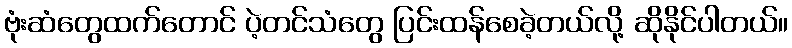
ဗုံးဆံတွေထက်တောင် ပဲ့တင်သံတွေ ပြင်းထန်စေခဲ့တယ်လို့ ဆိုနိုင်ပါတယ်။